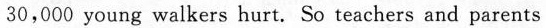
30,000 young walkers hurt. So teachers and parents